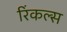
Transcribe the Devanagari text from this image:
रिंकल्स